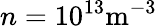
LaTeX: n=10^{13}\mathrm{m^{-3}}